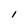
Character: l